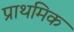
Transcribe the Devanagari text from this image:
प्राथमिक